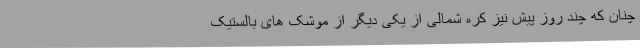
چنان که چند روز پیش نیز کره شمالی از یکی دیگر از موشک های بالستیک